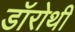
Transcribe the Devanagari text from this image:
डॉरोथी